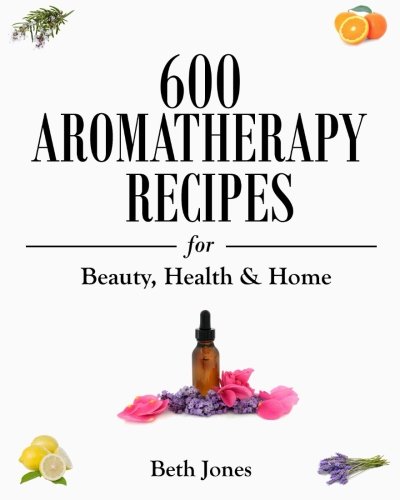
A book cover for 600 Aromatherapy Recipes for Beauty, Health & Home; Beth Jones; Health, Fitness & Dieting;